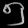
Digit: ၅